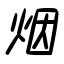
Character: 烟